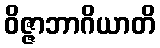
ဝိဇ္ဇာဘာဂိယာတိ